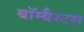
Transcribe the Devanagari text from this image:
बॉम्बैस्टस